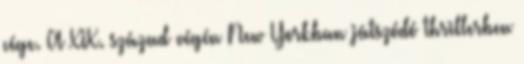
cége. A XIX. század végén New Yorkban játszódó thrillerben